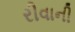
રીવાની